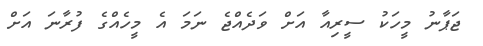
ޖަޕާނު މީހަކު ސީރިއާ އަށް ވަދެއްޖެ ނަމަ އެ މީހެއްގެ ފުރާނަ އަށް